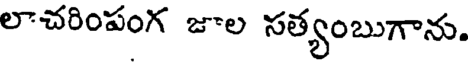
లాచరింపంగ జాల సత్యంబుగాను.